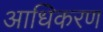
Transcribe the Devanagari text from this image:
आधिकरण